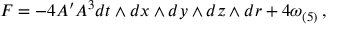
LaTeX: F = - 4 A ^ { \prime } A ^ { 3 } d t \wedge d x \wedge d y \wedge d z \wedge d r + 4 \omega _ { ( 5 ) } \, ,